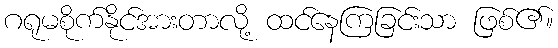
ဂရုမစိုက်နိုင်အားတာလို့ ထင်နေကြခြင်းသာ ဖြစ်၏။